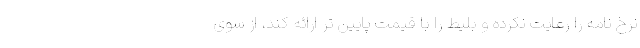
نرخ نامه را رعایت نکرده و بلیط را با قیمت پایین تر ارائه کند، از سوی